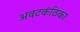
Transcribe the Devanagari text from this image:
अवटकंठिका